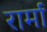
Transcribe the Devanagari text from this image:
रार्मा